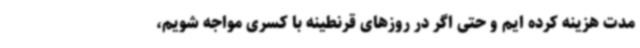
مدت هزینه کرده ایم و حتی اگر در روزهای قرنطینه با کسری مواجه شویم،